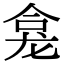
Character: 龛